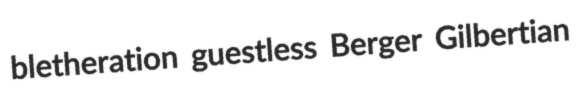
bletheration guestless Berger Gilbertian